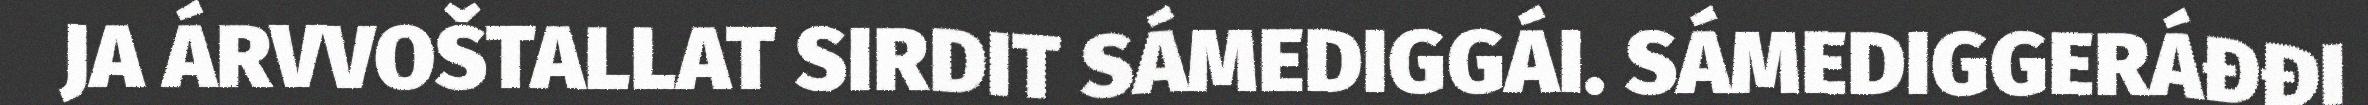
JA ÁRVVOŠTALLAT SIRDIT SÁMEDIGGÁI. SÁMEDIGGERÁĐĐI